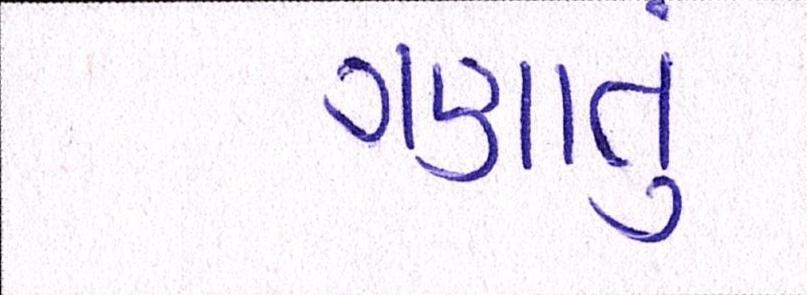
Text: ગણાતું